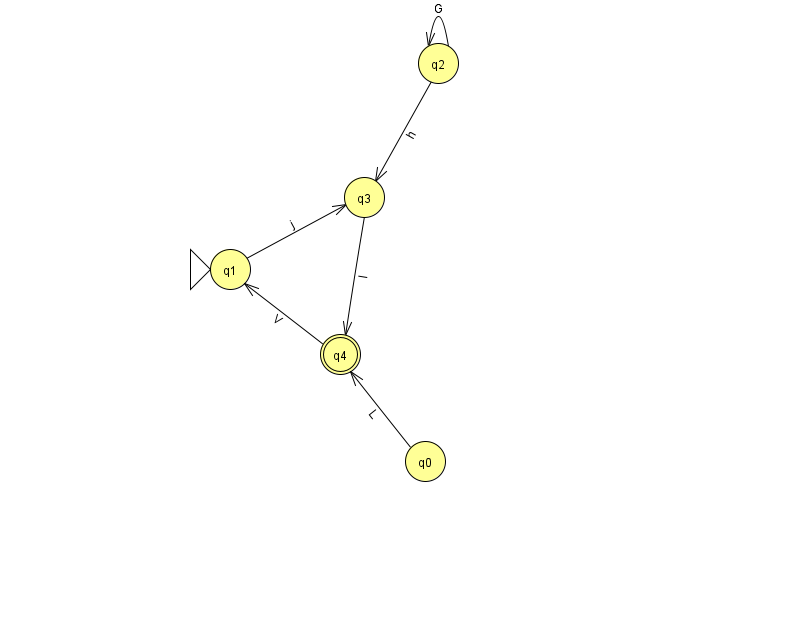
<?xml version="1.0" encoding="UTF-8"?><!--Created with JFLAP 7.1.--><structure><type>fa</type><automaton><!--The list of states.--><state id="0" name="q0"><x>425.0</x><y>448.0</y></state><state id="1" name="q1"><x>230.0</x><y>256.0</y><initial/></state><state id="2" name="q2"><x>438.0</x><y>50.0</y></state><state id="3" name="q3"><x>364.0</x><y>184.0</y></state><state id="4" name="q4"><x>340.0</x><y>341.0</y><final/></state><!--The list of transitions.--><transition><from>2</from><to>3</to><read>h</read></transition><transition><from>0</from><to>4</to><read>L</read></transition><transition><from>3</from><to>4</to><read>l</read></transition><transition><from>1</from><to>3</to><read>j</read></transition><transition><from>2</from><to>2</to><read>G</read></transition><transition><from>4</from><to>1</to><read>V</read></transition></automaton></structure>